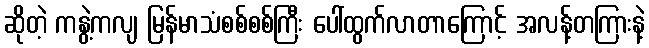
ဆိုတဲ့ ကနွဲ့ကလျ မြန်မာသံစစ်စစ်ကြီး ပေါ်ထွက်လာတာကြောင့် အလန့်တကြားနဲ့